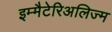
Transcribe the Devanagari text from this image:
इम्मैटेरिअलिज्म